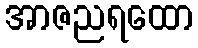
အာဇညရထော